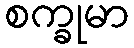
စက္ခုမာ